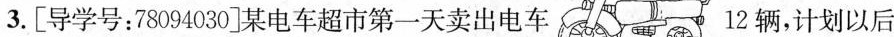
3.[导学号：78094030]某电车超市第一天卖出电车 12辆，计划以后